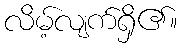
လိမ့်လျက်ရှိ၏။